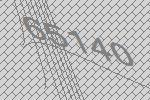
65140